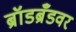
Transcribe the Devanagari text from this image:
ब्रॉडब्रँडवर